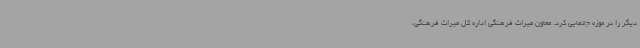
دیگر را در موزه جانمایی کرد. معاون میراث فرهنگی اداره کل میراث فرهنگی،